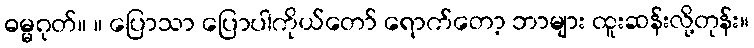
ဓမ္မဂုတ်။ ။ ပြောသာ ပြောပါကိုယ်တော် ရောက်တော့ ဘာများ ထူးဆန်းလို့တုန်း။